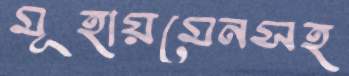
মূহায়মেনসহ